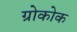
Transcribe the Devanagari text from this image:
ग्रोकोक